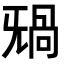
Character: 𣄸